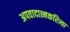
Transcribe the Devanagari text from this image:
अपवादात्मकरित्या